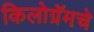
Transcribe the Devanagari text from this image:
किलोग्रॅमचे